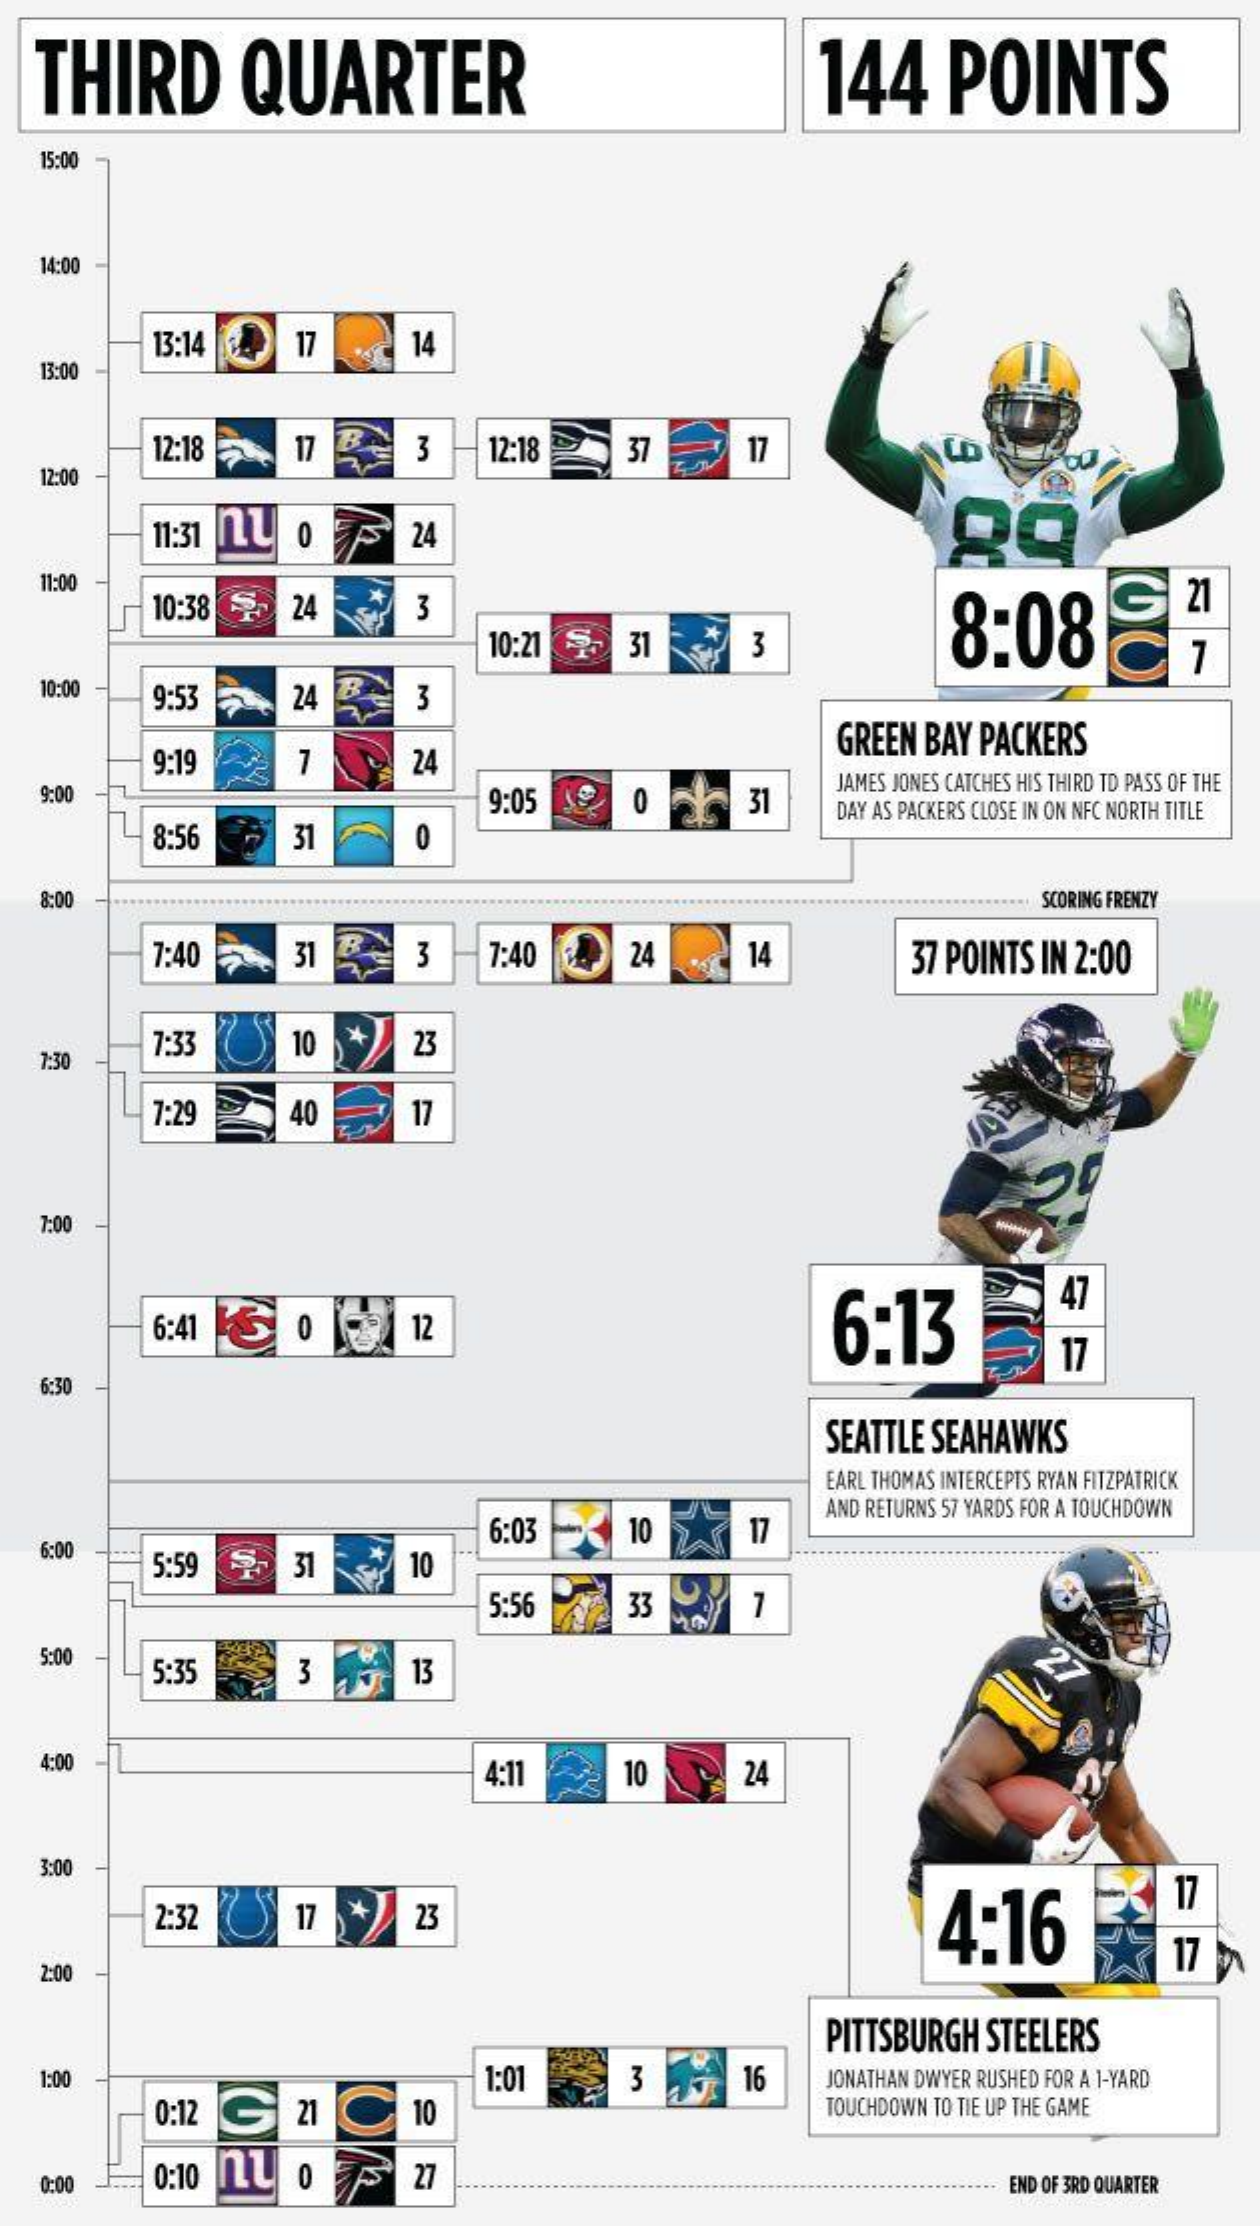
THIRD    QUARTER    144    POINTS
    15:00
    14:00
     13:14    17    14
    13:00
     12:18    17    3    12:18    37    17
    12:00
     11:31 ny    o    24
    11:00
     10:38    24    3
     8:08    G    21
     10:21    31    3    C    1
    10:00    9:53    24    3
     GREEN  BAY  PACKERS
     9:19    7    24
    9:00    9:05    0    31
     JAMES JONES CATCHES HIS THIRD TD PASS OF THE
     8:56    31
     DAY AS PACKERS CLOSE IN ON NFC NORTH TITLE
     0
    8:00    SCORING FRENZY
     7:40    31    3    7:40    24    14    37 POINTS   IN 2:00
     *
    7:30
     7:33    10    23
     7:29    40    17
    7:00
     6:41    12    6:13
     47
     17
    6:30
     SEATTLE  SEAHAWKS
     EARL THOMAS INTERCEPTS RYAN FITZPATRICK
     6:03    10
     AND RETURNS 57 YARDS FOR A TOUCHDOWN
     17
    6:00
     5:59    31    10
     5:56    33    7
    5:00
     5:35    3    13
    4:00
     4:11    10    24
    3:00
     2:32    23    4:16
     17
     17   *
     17
    2:00
     PITTSBURGH    STEELERS
    1:00
     G
     1:01    3
     21  C
     16    JONATHAN DWYER RUSHED FOR A 1-YARD
     0:12    10    TOUCHDOWN TO TIE UP THE GAME
    0:00    0:10    27    END OF 3RD QUARTER